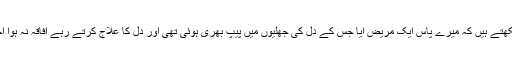
مسواک کے ذریعہ علاج: حکیم ایس، ایم اقبال لکھتے ہیں کہ میرے پاس ایک مریض آیا جس کے دل کی جھِلِّیوں میں پیپ بھری ہوئی تھی اور دل کا علاج کرتے رہے افاقہ نہ ہوا آخر دل کا آپریشن کر کے پیپ نکال لی گئی ہے۔